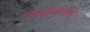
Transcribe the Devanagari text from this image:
न्यायालयांचे